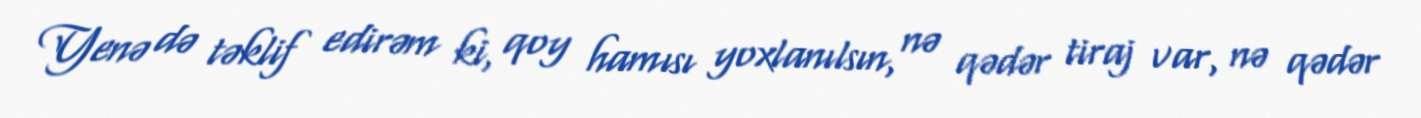
Yenə də təklif edirəm ki, qoy hamısı yoxlanılsın, nə qədər tiraj var, nə qədər